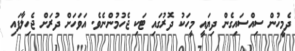
ދެމީހުން ސިއްސައިގެން ދިޔައީ މީހަކު ދޮރުގައި ޓަކި ޖެހުމުންނެވެ. އަވަހަށް ދުރަށް ޖެހިލާފައި